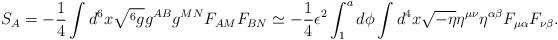
LaTeX: \begin{align*}S_A = -\frac{1}{4} \int d^6x \sqrt{^6g}g^{AB} g^{MN}F_{AM}F_{BN}\simeq -\frac{1}{4} \epsilon^2 \int_1^a d\phi \int d^4x\sqrt{-\eta}\eta^{\mu\nu}\eta^{\alpha\beta}F_{\mu\alpha}F_{\nu\beta}.\end{align*}